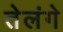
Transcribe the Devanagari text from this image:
तेलंगे